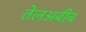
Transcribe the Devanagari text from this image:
तेलअबीब